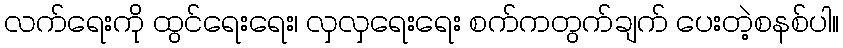
လက်ရေးကို ထွင်ရေးရေး၊ လှလှရေးရေး စက်ကတွက်ချက် ပေးတဲ့စနစ်ပါ။